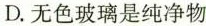
D.无色玻璃是纯净物